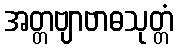
အတ္တဗျာဗာဓသုတ္တံ